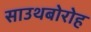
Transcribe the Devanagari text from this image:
साउथबोरोह